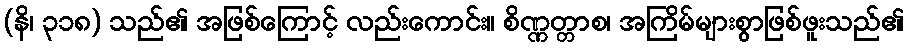
(နိ၊ ၃၁၈) သည်၏ အဖြစ်ကြောင့် လည်းကောင်း။ စိဏ္ဏတ္တာစ၊ အကြိမ်များစွာဖြစ်ဖူးသည်၏